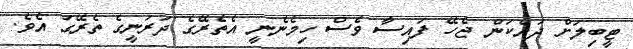
ޓީބިލަށް ދައްކަން ޖެހޭ ފައިސާ ވެސް ހިމެނެނީ އެތެރޭގެ ދަރަނީގެ ތެރޭގަ އެވެ.